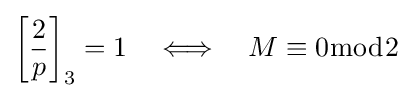
\left[{\frac {2}{p}}\right]_{3}=1\quad \Longleftrightarrow \quad M\equiv 0{\bmod {2}}